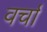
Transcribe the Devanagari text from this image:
वर्चा